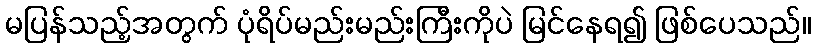
မပြန်သည့်အတွက် ပုံရိပ်မည်းမည်းကြီးကိုပဲ မြင်နေရ၍ ဖြစ်ပေသည်။